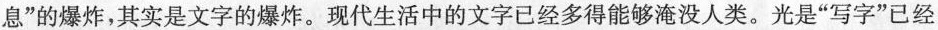
息”的爆炸，其实是文字的爆炸。现代生活中的文字已经多得能够淹没人类。光是”写字”已经